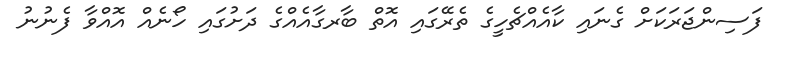
ފަސިންޖަރަކަށް ގެނައި ކާއެއްޗެހީގެ ތެރޭގައި އޮތް ބާރގާއެއްގެ ދަށުގައި ހޯނެއް އޮއްވާ ފެނުނު